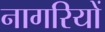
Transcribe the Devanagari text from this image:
नागरियों